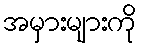
အမှားများကို